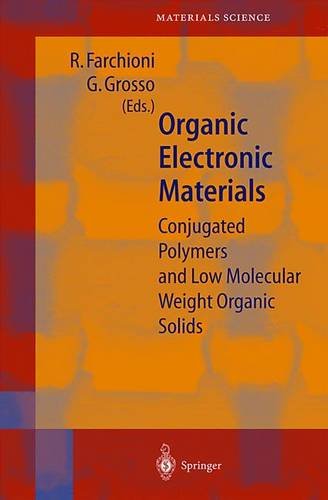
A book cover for Organic Electronic Materials: Conjugated Polymers and Low Molecular Weight Organic Solids (Springer Series in Materials Science); Science & Math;